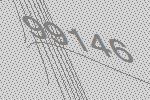
99146